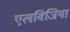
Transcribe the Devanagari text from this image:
एलबिजिया